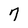
Character: 7